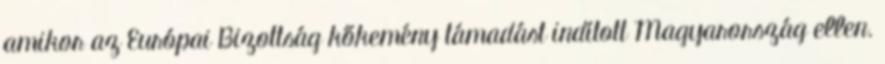
amikor az Európai Bizottság kőkemény támadást indított Magyarország ellen.